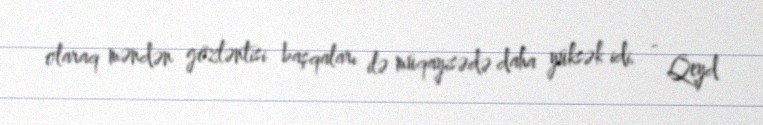
olaraq məndən gözləntisi başqaları ilə müqayisədə daha yüksək idi. - Qeyd